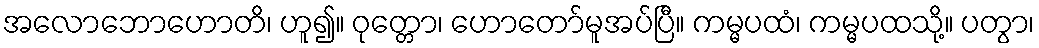
အလောဘောဟောတိ၊ ဟူ၍။ ဝုတ္တော၊ ဟောတော်မူအပ်ပြီ။ ကမ္မပထံ၊ ကမ္မပထသို့။ ပတွာ၊